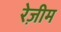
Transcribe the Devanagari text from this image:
रेज़ीम